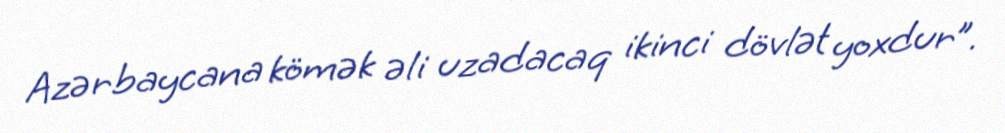
Azərbaycana kömək əli uzadacaq ikinci dövlət yoxdur”.